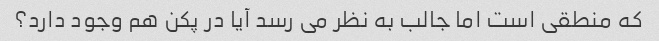
که منطقی است اما جالب به نظر می رسد آیا در پکن هم وجود دارد؟